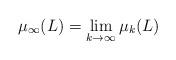
LaTeX: \begin{align*}\mu_{\infty}(L)=\lim_{k\to\infty}\mu_k(L)\end{align*}